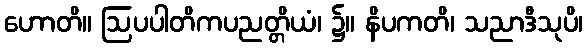
ဟောတိ။ ဩပပါတိကပညတ္တိယံ၊ ၌။ နိပကတိ၊ သညာဒီသုပိ၊